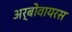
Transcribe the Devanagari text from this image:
अर्बोवायरस